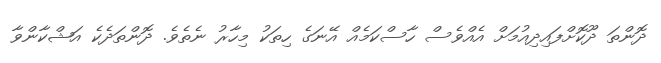
ދޮންތަ ދޫކޮށްފައިދިއުމަށް އެއްވެސް ހާސްކަމެއް އޭނަގެ ހިތަކު މިހާރު ނެތެވެ. ދޮންތަދެކެ އަޝްކާންވާ